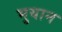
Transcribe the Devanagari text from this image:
भुयान